Annual report on the Civil Veterinary Department, Burma (including the Insein Veterinary School) - 1932-1941
Year: 1932
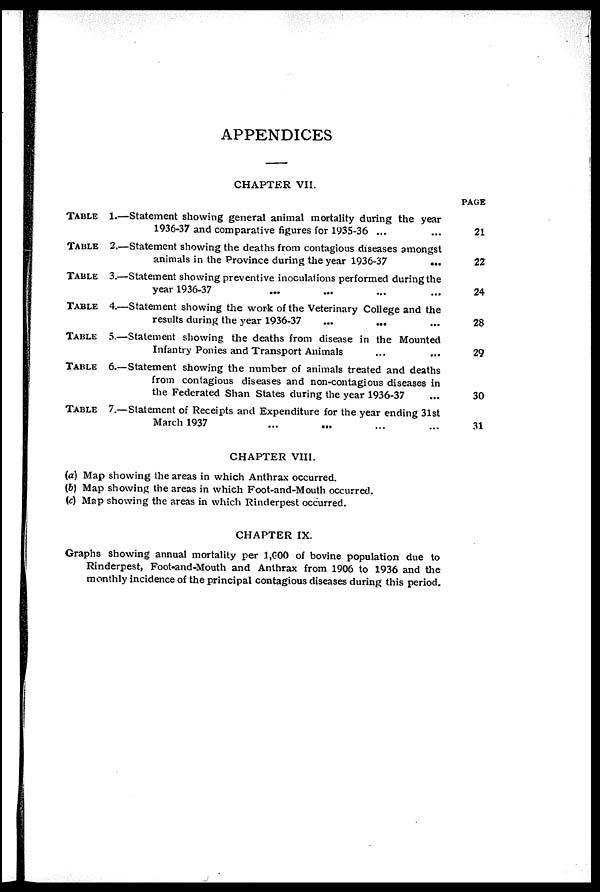
APPENDICES
CHAPTER VII.
TABLE
1.—Statement showing general animal mortality during the year
1936-37 and comparative figures for 1935-36 ... ...
TABLE
2.—Statement showing the deaths from contagious diseases amongst
animals in the Province during the year 1936-37
...
TABLE
3.—Statement showing preventive inoculations performed during the
year 1936-37 ... ... ... ...
TABLE
4.—Statement showing the work of the Veterinary College and the
results during the year 1936-37 ... ... ...
TABLE
5.—Statement showing the deaths from disease in the Mounted
Infantry Ponies and Transport Animals ... ...
TABLE
6.—Statement showing the number of animals treated and deaths
from contagious diseases and non-contagious diseases in
the Federated Shan States during the year 1936-37 ...
TABLE
7.—Statement of Receipts and Expenditure for the year ending 31st
March 1937 ... ... ... ...
PAGE
21
22
24
28
29
30
31
CHAPTER VIII.
(a) Map showing the areas in which Anthrax occurred.
(b) Map showing the areas in which Foot-and-Mouth occurred.
(c) Map showing the areas in which Rinderpest occurred.
CHAPTER IX.
Graphs showing annual mortality per 1,000 of bovine population due to
Rinderpest, Foot-and-Mouth and Anthrax from 1906 to 1936 and the
monthly incidence of the principal contagious diseases during this period.